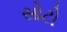
સોટો